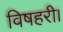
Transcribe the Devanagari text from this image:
विषहरी।